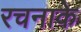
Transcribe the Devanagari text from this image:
रचनाके